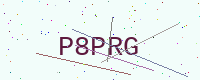
Text: P8PRG